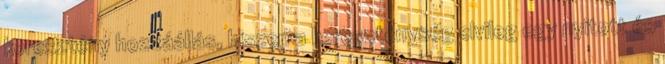
keresztény hozzáállás, hiszen a kereszténység elvileg egy nyitott és